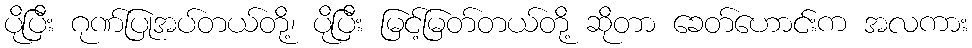
ပိုပြီး ဂုဏ်ပြုအပ်တယ်တို့၊ ပိုပြီး မြင့်မြတ်တယ်တို့ ဆိုတာ ခေတ်ဟောင်းက အလကား